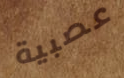
عصبية